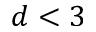
d < 3